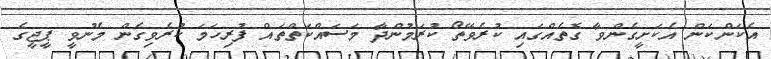
އެކަންކަން އެކަށީގެންވާ ގޮތެއްގައި ކުރެވޭތޯ ކުރަމުންދާ މަސައްކަތްތައް ފުރިހަމަ ކުރެވިގެން މެނުވީ ޕީޖީގެ